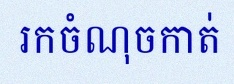
រកចំណុចកាត់